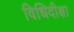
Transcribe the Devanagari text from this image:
विधिदीक्षा